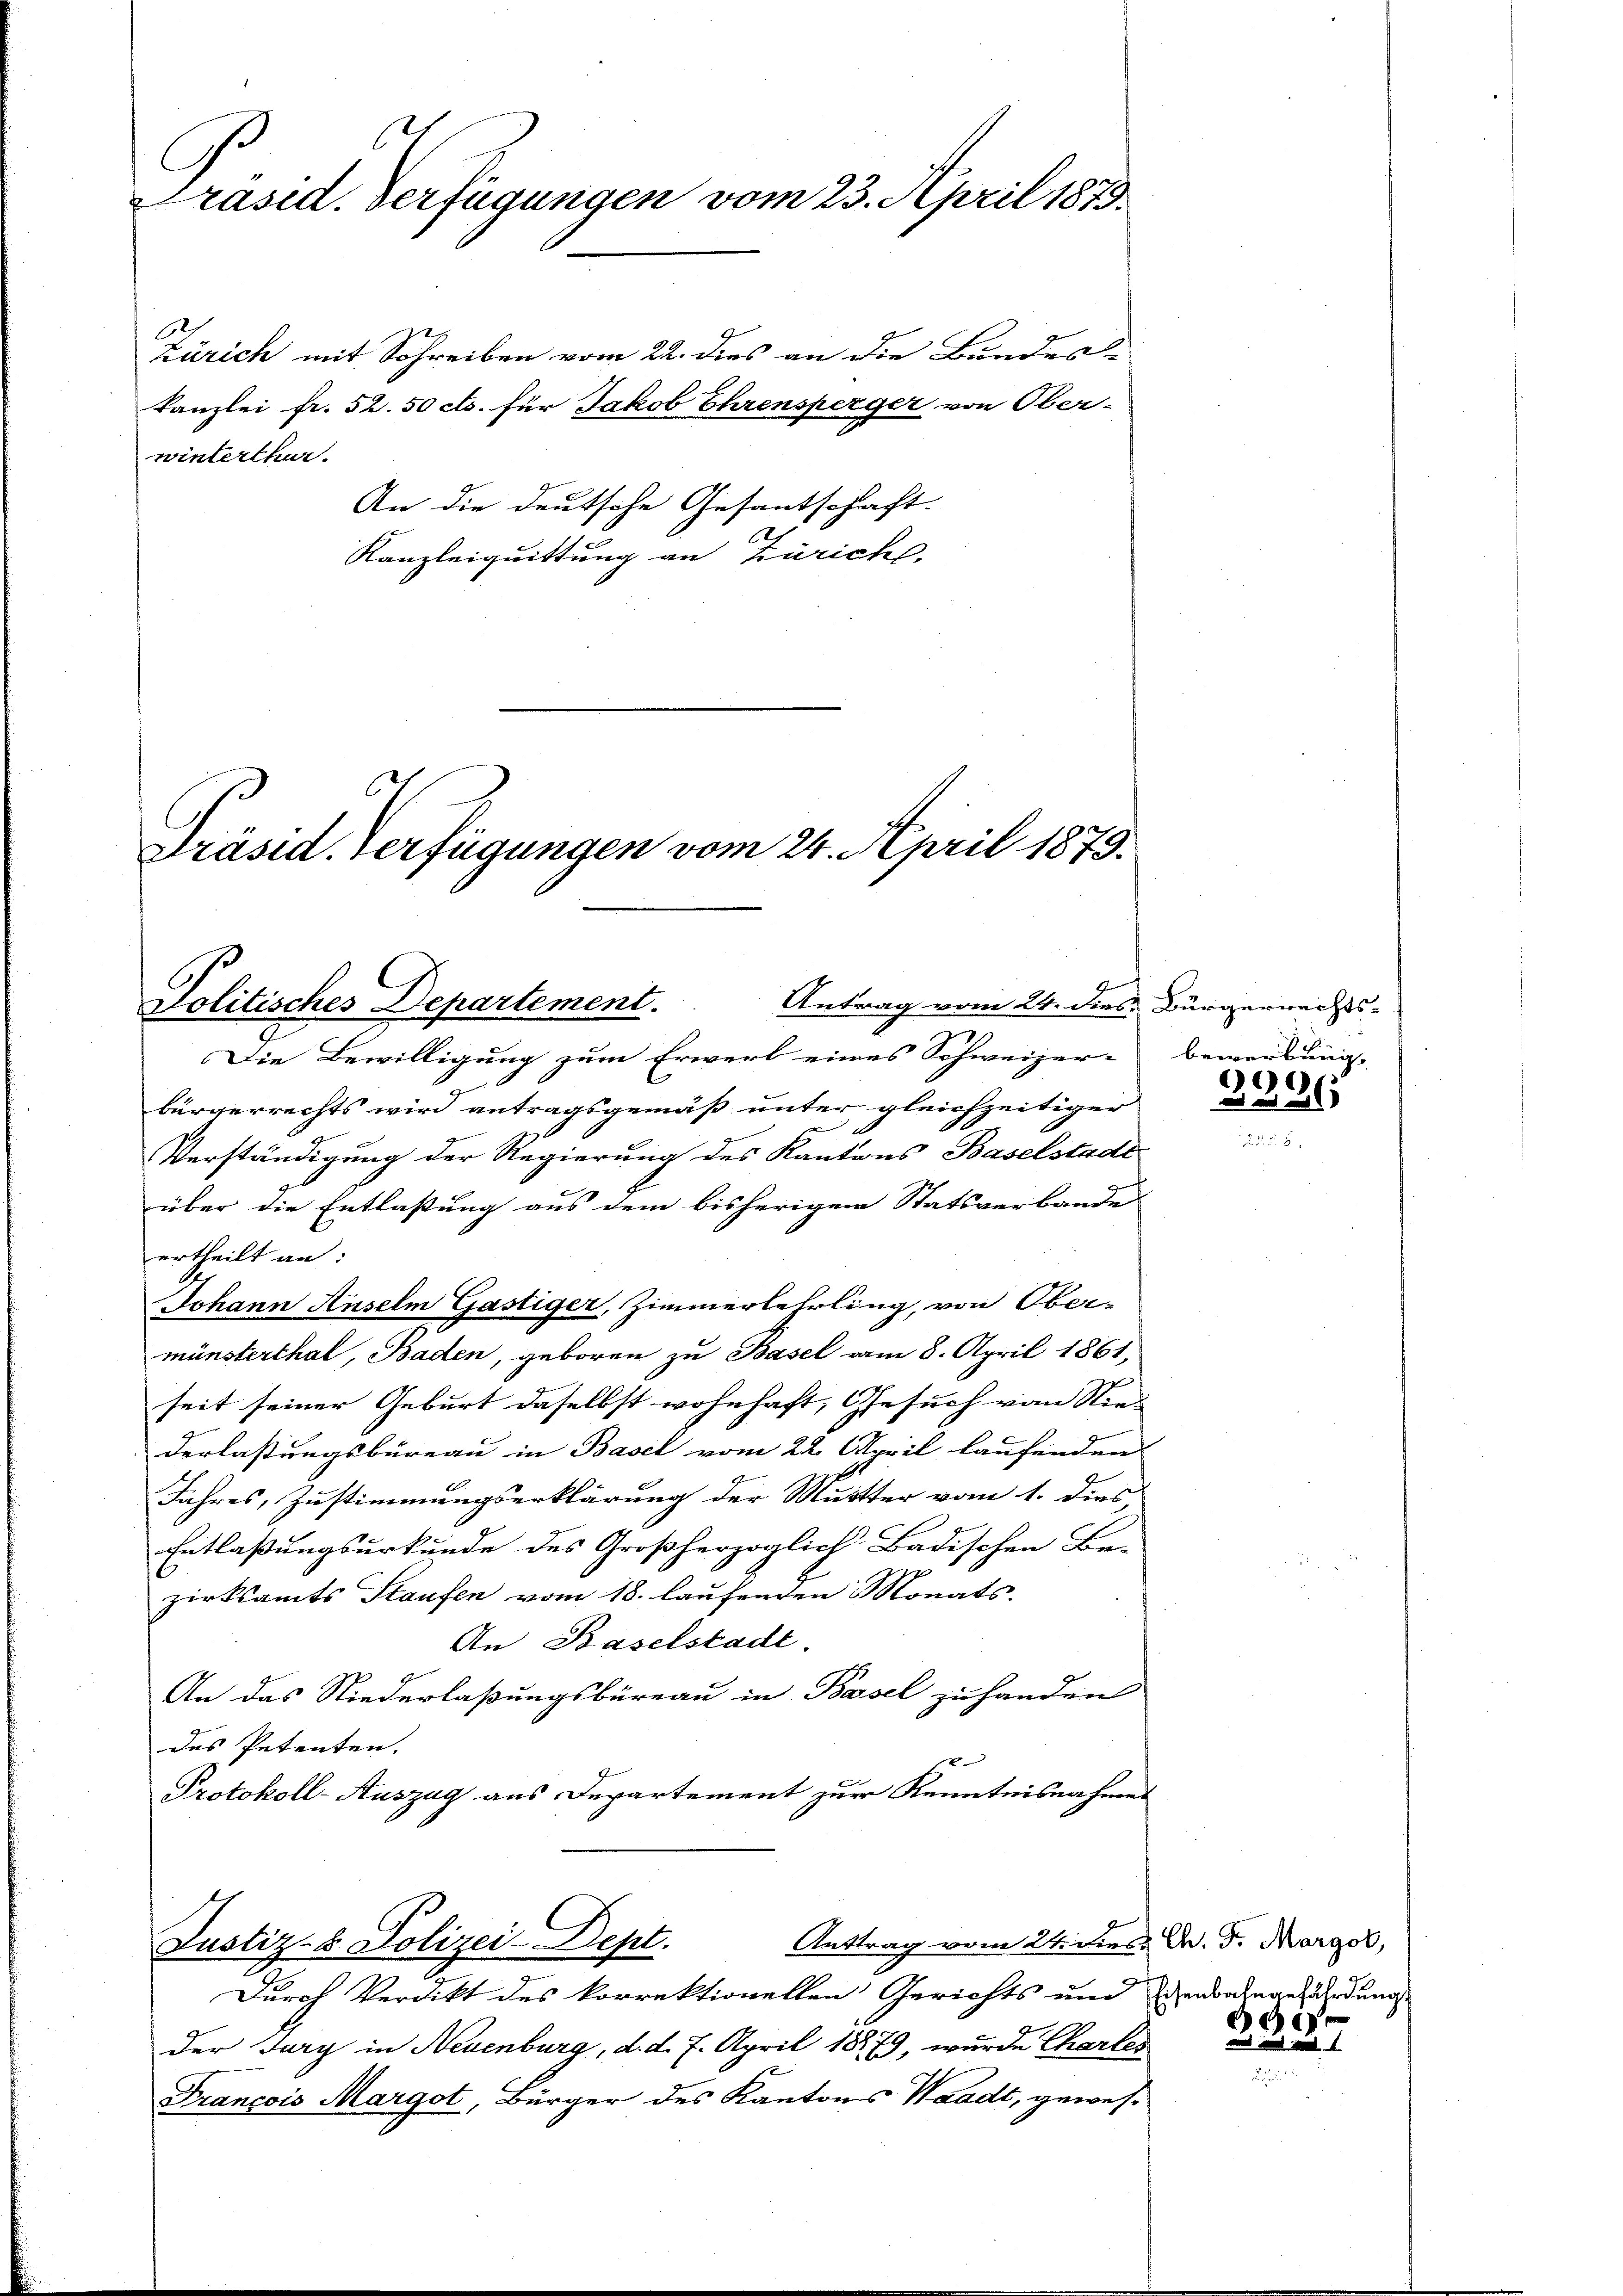
C
Präsid. Verfügungen vom 23. April 1879.

winterthur.
An die deutsche Gesantschaft.
Kanzleiquittung an Zürich.

Dräsid. Verfügungen vom 24. April 1879.
Antrag vom 24. dies Bürgerrechts- |
Politisches Departement.

Zürich mit Schreiben vom 22. dies an die Bundes-
Kanzlei fr. 52.50 cts. für Jakob Ehrensperger von Ober-

Justiz- & Polizei-Dept.

Die Bewilligung zum Erwerb eines Schweizer-
bürgerrechts wird antragsgemäß unter gleichzeitiger
Verständigung der Regierung des Kantons Baselstadt
über die Entlaßung aus dem bisherigem Statsverbande
ertheilt an:
Johann Anselm Gastiger, Zimmerlehrling, von Ober-
münsterthal, Baden, geboren zu Basel am 8. April 1861,
seit seiner Geburt daselbst wohnhaft, Gesuch von Nie- |
derlassungsbüreau in Basel vom 22. April laufendens
Jahres, Zustimmungserklärung der Mutter vom 1. dies
Entlaßungsurkunde des Großherzoglich-Badischen Be-
zirksamts Staufen vom 18. laufenden Monats-
An Baselstadt.
An das Niederlaßungsbüreau in Basel zu handen
des Petenten.
Protokoll-Auszug aus Departement zur Kenntnisnahmen

Anttrag vom 24. dies A. G. Margol,
Durch Verdikt des korrektionellen Gerichts um Verbahngesündung
der Jury in Neuenburg, d. d. 7. April 18879, wurde Chartes
Francois Margot, Bürger des Kantons Waadt, gewes¬

bewerbung. |

)
.

Ge